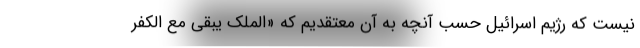
نیست که رژیم اسرائیل حسب آنچه به آن معتقدیم که «الملک یبقی مع الکفر